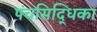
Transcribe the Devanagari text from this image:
पंचसिद्धिका